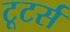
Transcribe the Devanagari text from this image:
टूटर्स